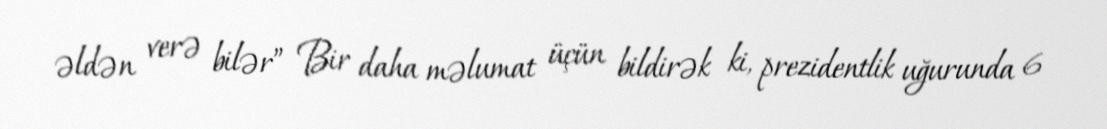
əldən verə bilər” Bir daha məlumat üçün bildirək ki, prezidentlik uğurunda 6